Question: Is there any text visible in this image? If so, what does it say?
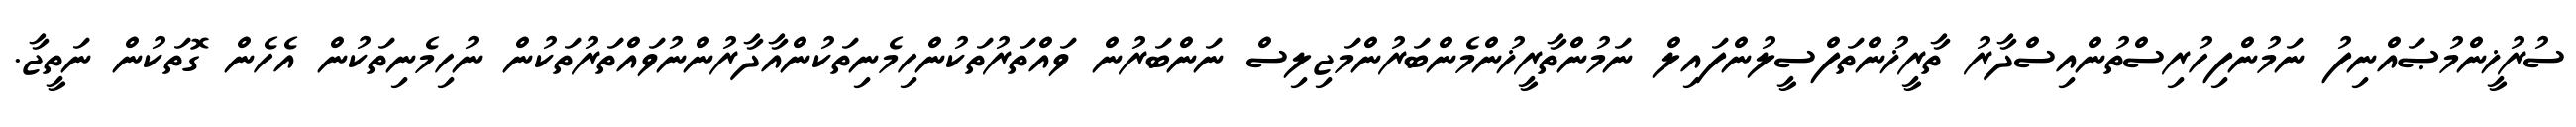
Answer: ސުރުޚީންމުޞައްނިފު ނަމުންފިހުރިސްތުންއިސްދާރު ތާރީޚުންތަފްސީލުންފައިލް ނަމުންތާރީޚުންމެންބަރުންމަޖިލިސް ނަންބަރުން ވައްތަރުތަކުންހިމެނިތަކުންއާދާރުންނުވައްތަރުތަކުން ނުހިމެނިތަކުން އެހެން ގޮތަކުން ނަތީޖާ.